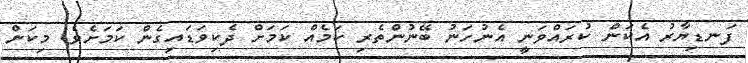
ފަނޑިޔާރު އެކަން ކުރައްވަނީ އެނުހަނު ބޭނުންތެރި ކަމެއް ކަމަށް ދެކިވަޑައިގެން ކަމަށެވެ. މިކަން